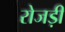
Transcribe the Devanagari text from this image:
रोजड़ी